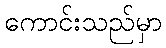
ကောင်းသည်မှာ